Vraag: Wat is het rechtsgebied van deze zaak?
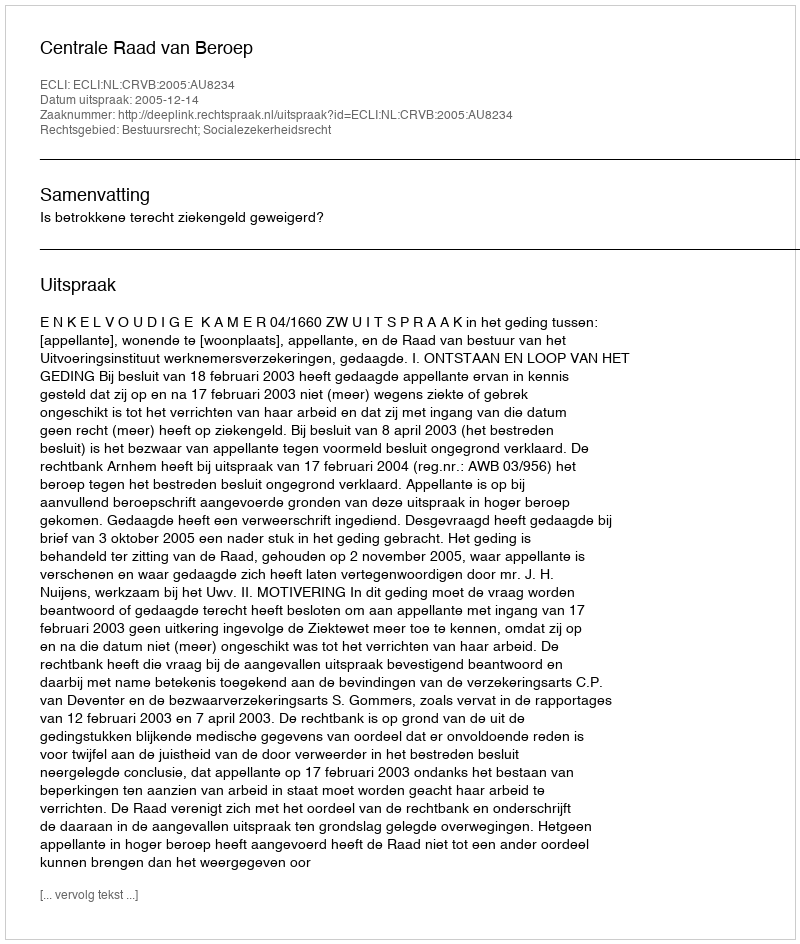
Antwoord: Bestuursrecht; Socialezekerheidsrecht